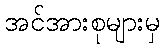
အင်အားစုများမှ